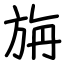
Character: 旃